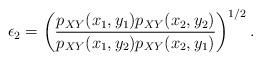
LaTeX: \begin{align*}\epsilon_2=\left(\frac{p_{XY}(x_1,y_1)p_{XY}(x_2,y_2)}{p_{XY}(x_1, y_2)p_{XY}(x_2, y_1)}\right)^{1/2}.\end{align*}